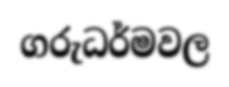
ගරුධර්මවල